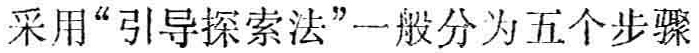
采用“引导探索法”一般分为五个步骤